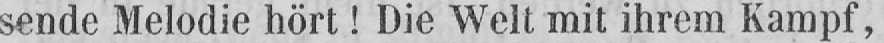
sende Melodie hört! Die Welt mit ihrem Kampf,